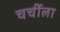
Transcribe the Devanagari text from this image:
चर्चीला